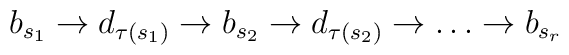
b_{s_1}\rightarrow d_{\tau(s_1)} \rightarrow b_{s_2}    \rightarrow d_{\tau(s_2)}\rightarrow\dots\rightarrow b_{s_r}